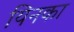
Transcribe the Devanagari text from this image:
यिनका